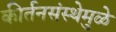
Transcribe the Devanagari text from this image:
कीर्तनसंस्थेमुळे